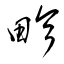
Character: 畛